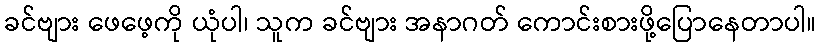
ခင်ဗျား ဖေဖေ့ကို ယုံပါ၊ သူက ခင်ဗျား အနာဂတ် ကောင်းစားဖို့ပြောနေတာပါ။